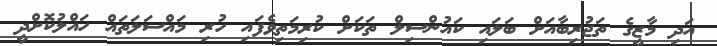
އަދި މާޒީގެ ތަޖުރިބާއަށް ބަލައި ކައުންސިލް ތަކަށް ކުރިމަތިވެފައި ހުރި މައްސަލަތައް ހައްލުކޮށްދީ